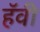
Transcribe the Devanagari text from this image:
हॅवी